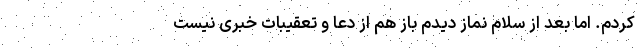
کردم. اما بعد از سلام نماز دیدم باز هم از دعا و تعقیبات خبری نیست